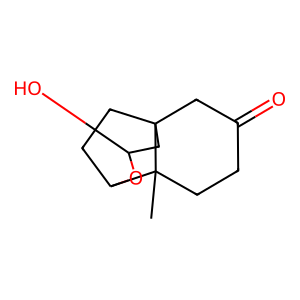
SMILES: CC12CCC(=O)CC13CCC2OC(O)C3
Inhibits HIV replication: No